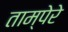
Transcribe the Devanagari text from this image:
ताम्पेरे